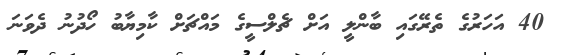
40 އަހަރުގެ ތެރޭގައި ބާންލީ އަށް ޗެލްސީގެ މައްޗަށް ކާމިޔާބު ހޯދުނު ދެވަނަ